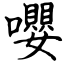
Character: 嚶